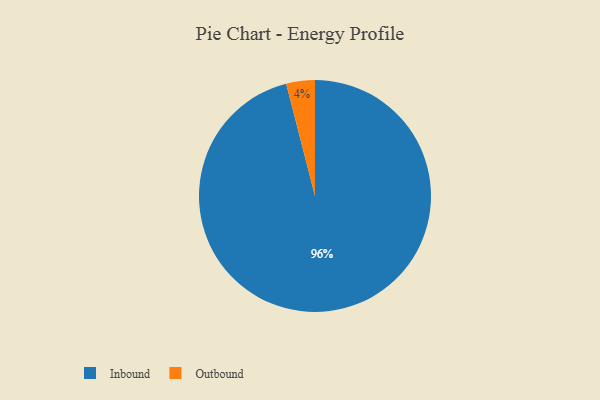
{"axis": {"x": "Category", "y": "Percentage"}, "legend": ["Inbound", "Outbound"], "data": [{"x": "Outbound", "y": 4, "type": "Outbound"}, {"x": "Inbound", "y": 96, "type": "Inbound"}]}